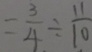
= \frac { 3 } { 4 } \div \frac { 1 1 } { 1 0 }